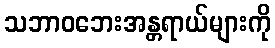
သဘာဝဘေးအန္တရာယ်များကို